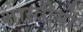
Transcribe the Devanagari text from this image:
शास्त्रीयों